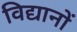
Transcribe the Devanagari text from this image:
विद्यानों